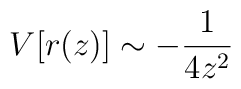
V[r(z)] \sim -\frac{1}{4z^2}